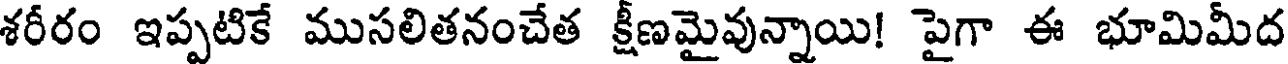
శరీరం ఇప్పటికే ముసలితనంచేత క్షీణమైవున్నాయి! పైగా ఈ భూమిమీద